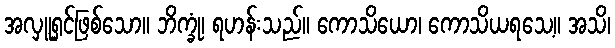
အလှူရှင်ဖြစ်သော။ ဘိက္ခုံ၊ ရဟန်းသည်။ ကောသိယော၊ ကောသိယရသေ့။ အသိ၊